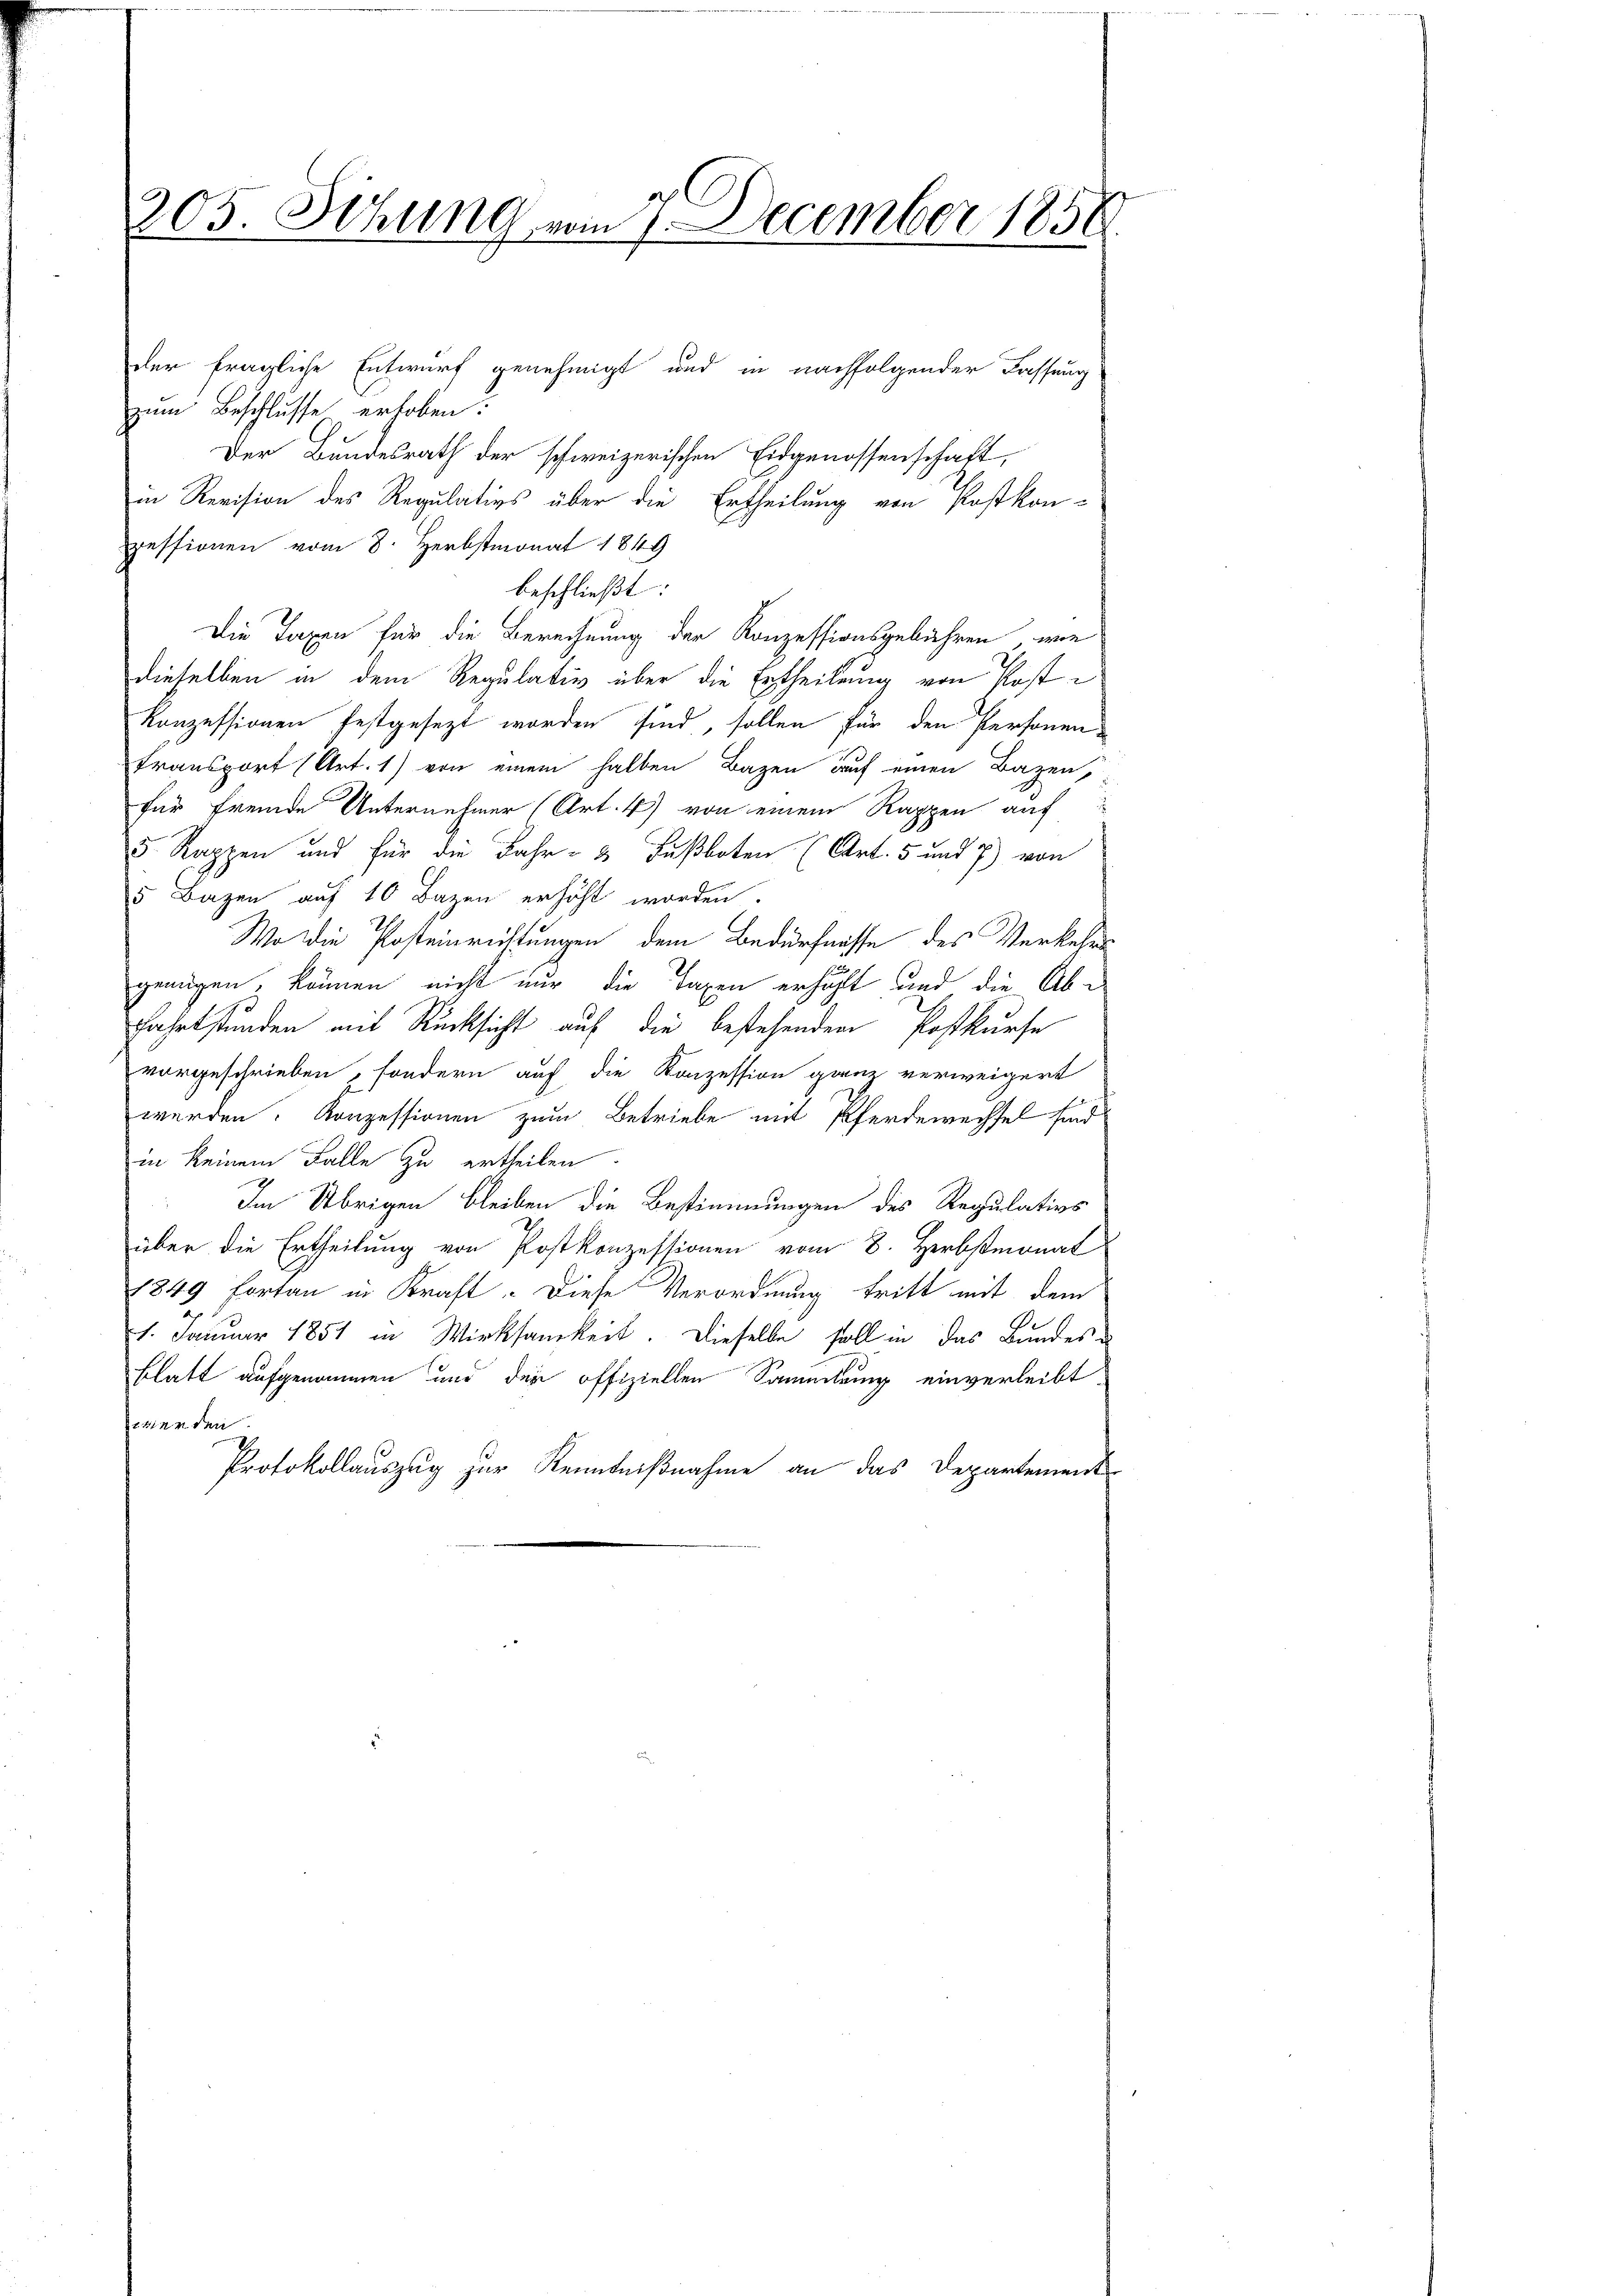
305. Sitzung vom 7. December 1858

der fragliche Entwurf genehmigt und in nachfolgender Fassung
zum Beschlusse erhoben.
Der Bundesrath der schweizerischen Eidgenossenschaft,
in Revision des Regulatios über die Ertheilung von Postkonpessionen vom 8. Herbstmonat 1849
beschließt:
Die Taxen für die Berechnung der Konzessionsgebühren, wie
dieselben in dem Regulativ über die Ertheilung von Post¬
Konzessionen festgesezt worden sind, sollen für den Personen
transport (Art. 1) von einem halben Bazen auf einen Bazen,
für fremde Unternehmer (Art. 4) von einem Rappen auf
5 Rappen und für die Jahr- & Fußboten (Art. 5 und 7) von
5 Bazen auf 10 Bazen erhöht worden.
Wo die Posteinrichtungen dem Bedürfnisse des Verkehrs
genügen, können nicht nur die Taxen erhählt und die Ab¬
Fahrtstunden mit Rücksicht auf die bestehenden Postkurse
vorgeschrieben, sondern auf die Konzession ganz verweigert
werden. Konzessionen zum Betriebe mit Pferdewechsel sind
in keinem Falle zu ertheilen.
Im Übrigen bleiben die Bestimmungen des Regulativs
über die Ertheilung von Postkonzessionen vom 8. Herbstmonat
1849 fortan in Kraft. Diese Verordnung tritt mit dem
1. Januar 1851 in Wirksamkeit. Dieselbe soll in das Bundes-
Elatt aufgenommen und der offiziellen Sammlung einverleibt.
ier den
Protokollauszug zur Kenntnißnahme an das Departement